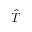
\hat { T }